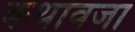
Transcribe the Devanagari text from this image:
कथावजा